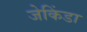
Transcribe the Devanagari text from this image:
जेकिंडा